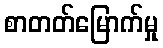
စာတတ်မြောက်မှု